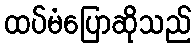
ထပ်မံပြောဆိုသည်